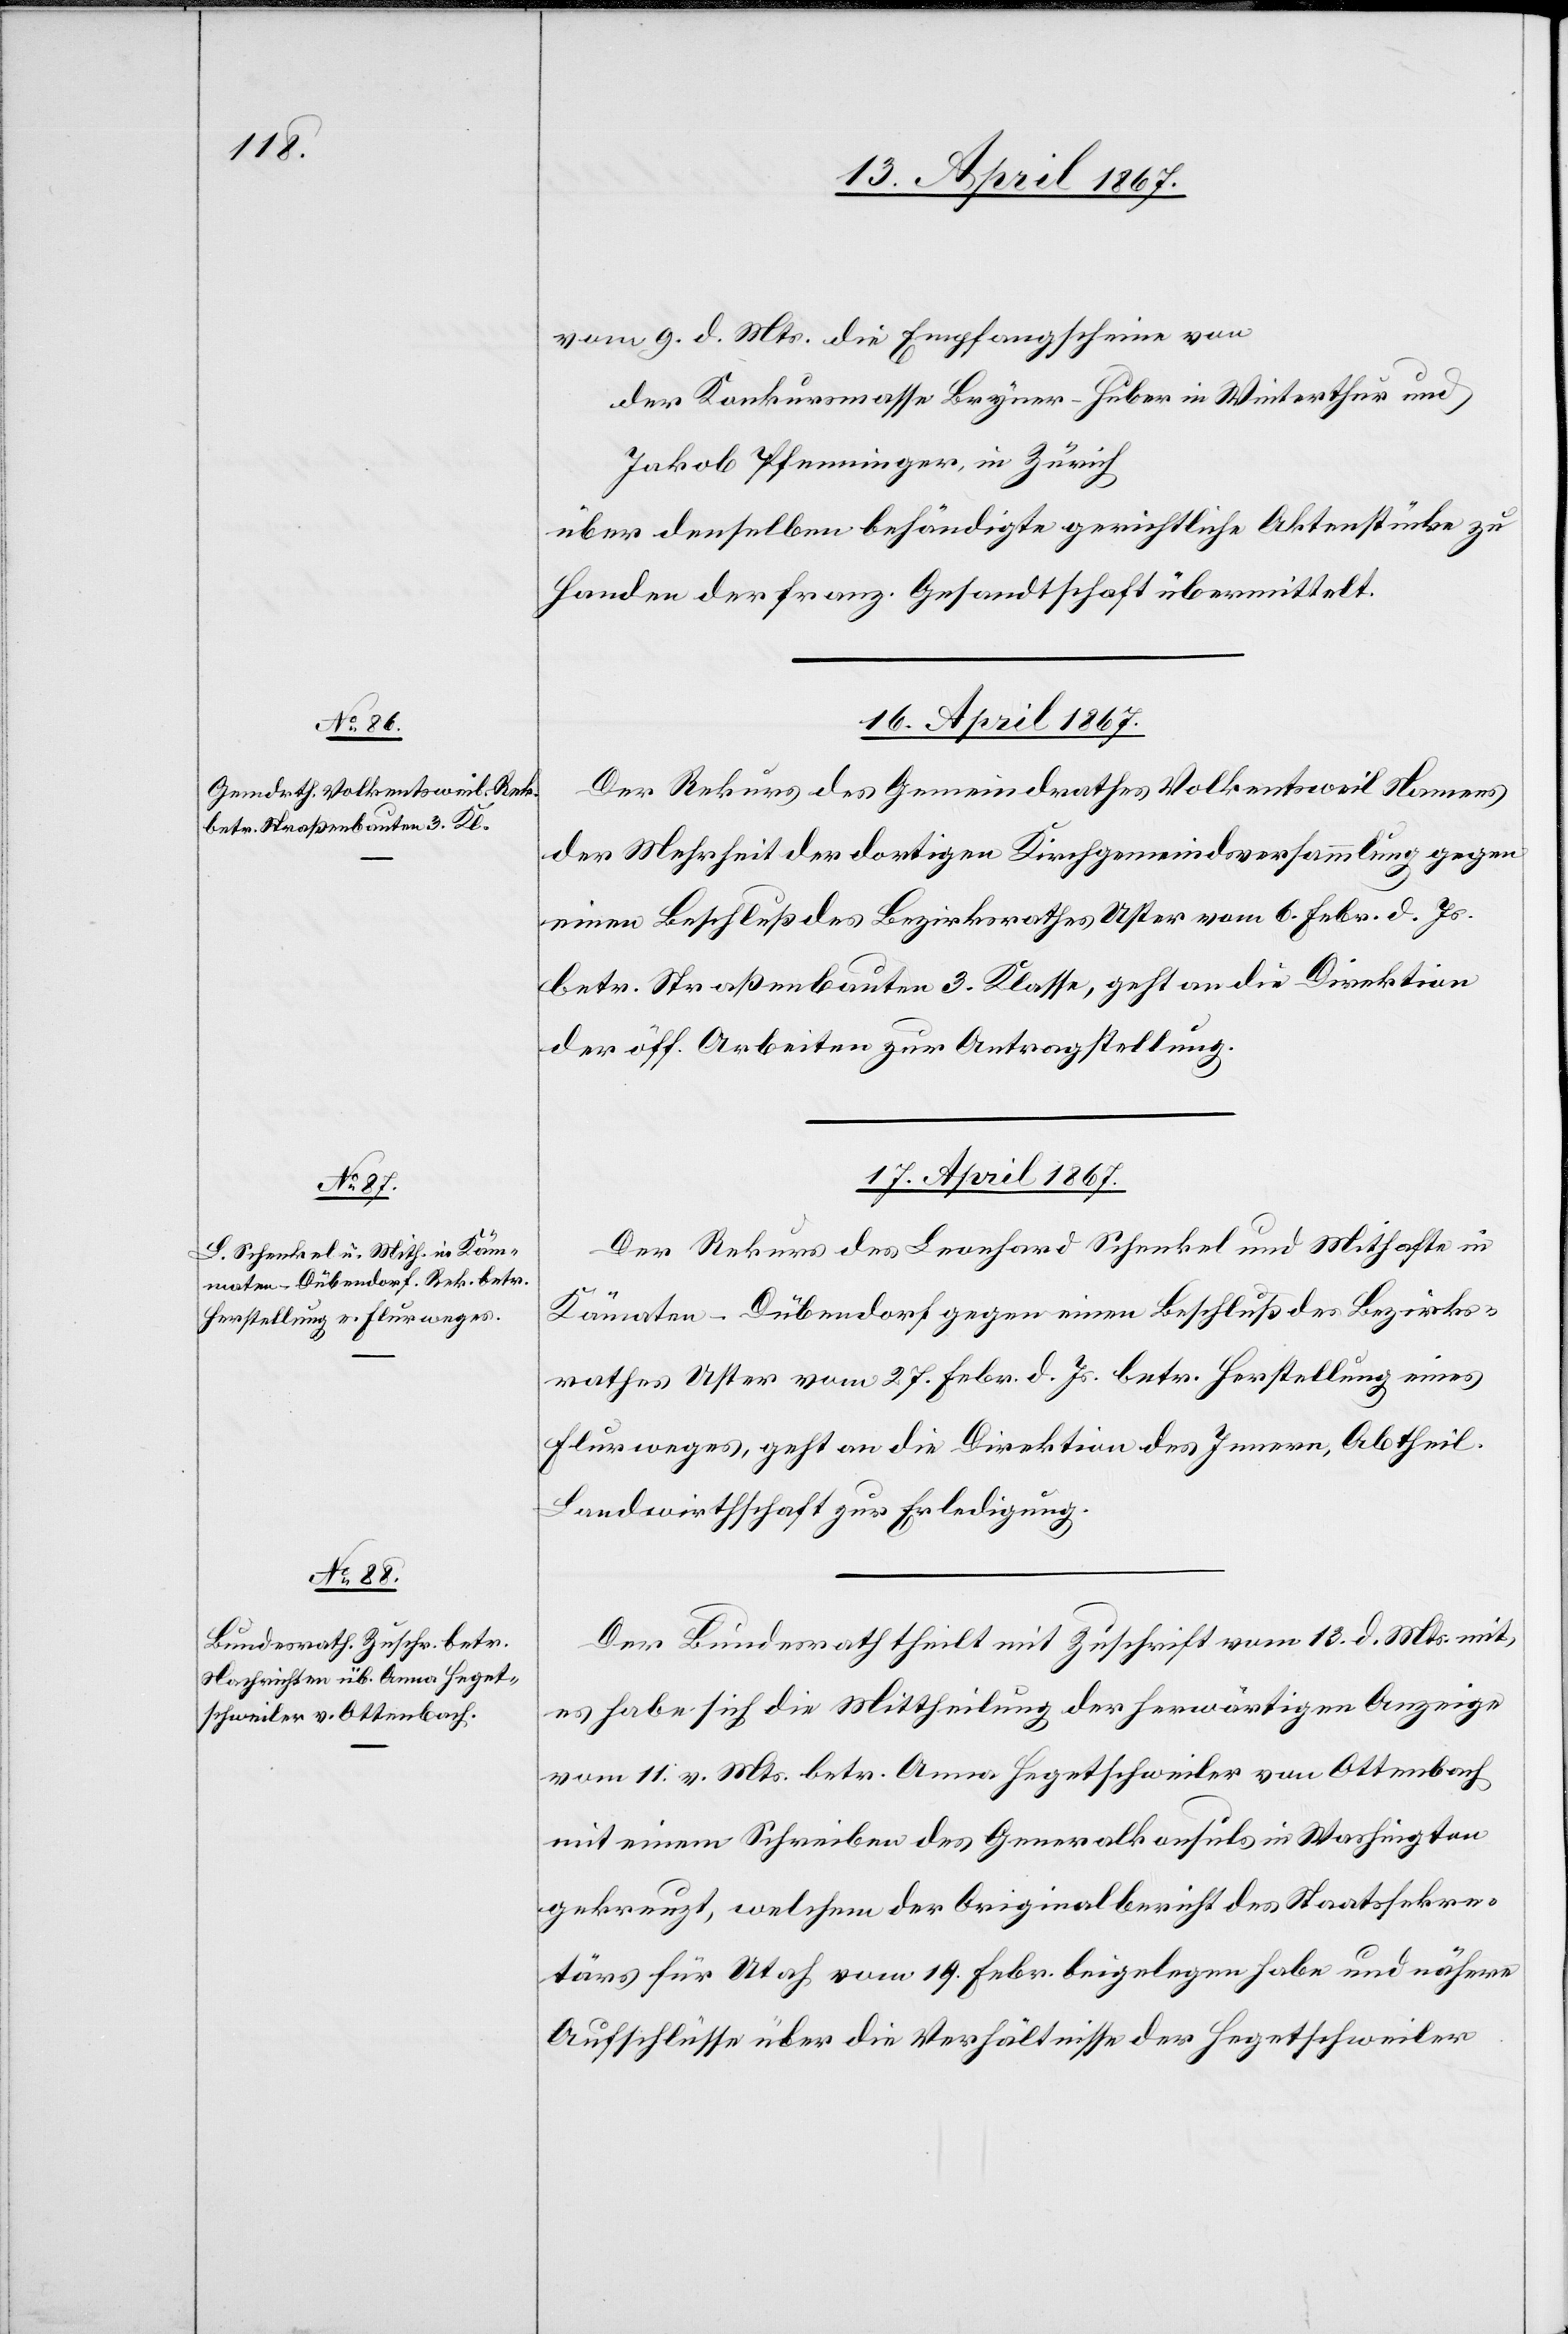
vom 9. d. Mts. die Empfangscheine von
der Konkursmasse Bryner-Huber in Winterthur und
Jakob Pfenninger, in Zürich
über denselben behändigte gerichtliche Aktenstücke zu
Handen der franz. Gesandtschaft übermittelt.
16. April 1867.
Der Rekurs des Gemeindrathes Volkentsweil Namens
der Mehrheit der dortigen Kirchgemeindsversammlung gegen
einen Beschluß des Bezirksrathes Uster vom 6. Febr. d. Js.
betr. Straßenbauten 3. Klasse, geht an die Direktion
der öff. Arbeiten zur Antragstellung.
17. April 1867.]
Der Rekurs des Leonhard Schenkel und Mithafte in
Kämaten-Dübendorf gegen einen Beschluß des Bezirks¬
rathes Uster vom 27. Febr. d. Js. betr. Herstellung eines
Flurweges, geht an die Direktion des Innern, Abtheil.
Landwirthschaft zur Erledigung.
Der Bundesrath theilt mit Zuschrift vom 18. d. Mts. mit,
es habe sich die Mittheilung der herwärtigen Anzeige
vom 11. v. Mts. betr. Anna Hegetschweiler von Ottenbach
mit einem Schreiben des Generalkonsuls in Washington
gekreuzt, welchem der Originalbericht des Staatssekre¬
tärs für Utah, vom 19. Febr. beigelegen habe und nähere
Aufschlüsse über die Verhältnisse der Hegetschweiler